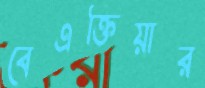
বেএক্তিয়ার